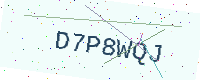
Text: D7P8WQJ